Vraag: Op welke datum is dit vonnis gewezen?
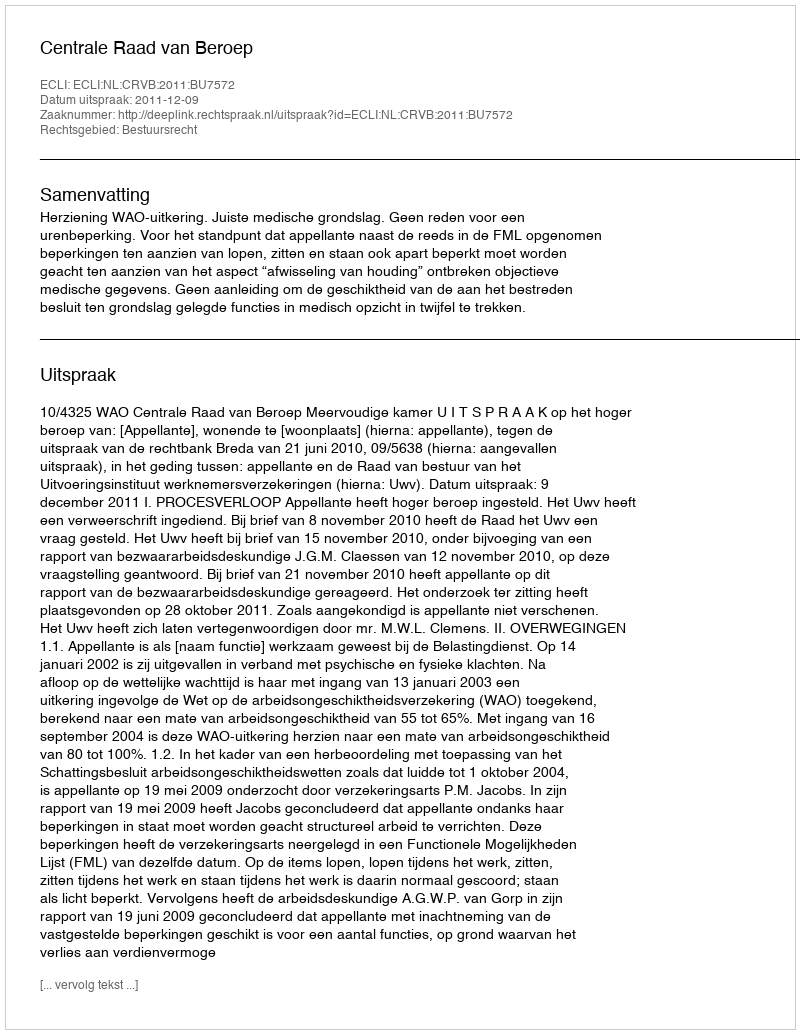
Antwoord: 2011-12-09